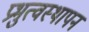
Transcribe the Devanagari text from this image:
प्रभुत्वस्थापन